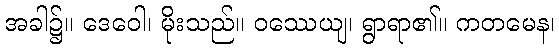
အခါ၌။ ဒေဝေါ၊ မိုးသည်။ ဝဿေယျ၊ ရွာရာ၏။ ကတမေန၊